Report on the bubonic plague in Bombay, 1896-1897
Year: 1896
Disease focus: Plague
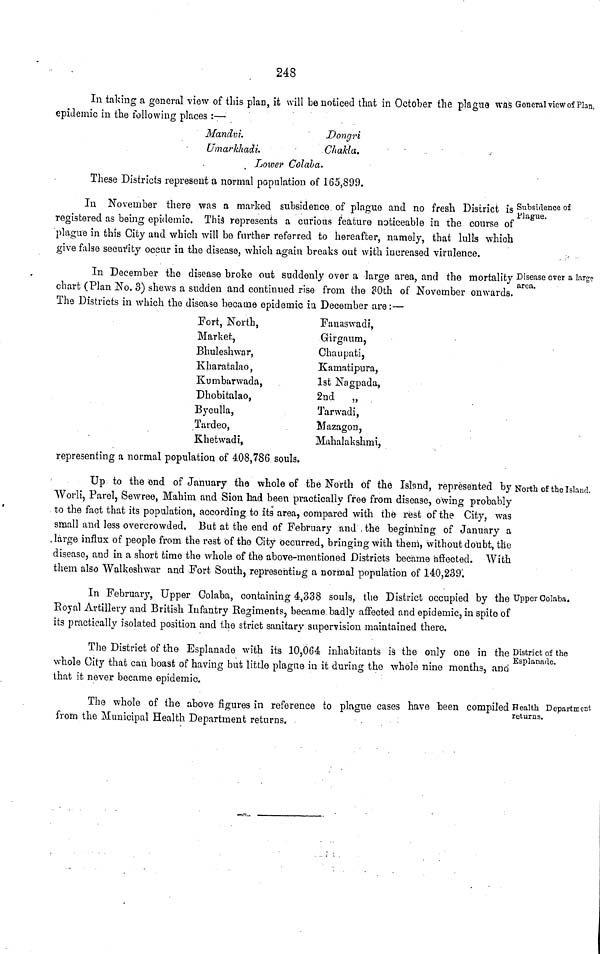
248
was General view of Plan.
In talcing a general view of this plan, it will be noticed that in October the plague
epidemic in the following places :—
Mandvi.
Dongri
Umarkhadi.
Chakla.
Lower Colala.
These Districts represent a normal population of 165,899.
Subsidence of
Plague.
In November there was a marked subsidence of plague and no fresh District is
registered as being epidemic. This represents a curious feature noticeable in the course of
plague in this City and which will be further referred to hereafter, namely, that lulls which
give false security occur in the disease, which again breaks out with increased virulence.
Disease over a large
area.
In December the disease broke out suddenly over a large area, and the mortality
chart (Flan No. 3) shews a sudden and continued rise from the 30th of November onwards.
The Districts in which the disease became epidemic in December are :—
Fort, North,
Market,
Bhuleshwar,
Kharatalao,
Kumbarwada,
Dhobitalao,
Byculla,
Tardeo,
Khetwadi,
Fanaswadi,
Girgaum,
Chaupati,
Kamatipura,
1st Nagpada,
2nd
„
Tarwadi,
Mazagon,
Mahalakshmi,
representing a normal population of 408,786 souls.
North of the Island.
Up to the end of January the whole of the North of the Island, represented by
Worli, Parel, Sewree, Mahim and Sion had been practically free from disease, owing probably
to the fact that its population, according to its area, compared with the rest of the City, was
small and less overcrowded. But at the end of February and . the beginning of January a
large influx of people from the rest of the City occurred, bringing with them, without doubt, the
disease, and in a short time the whole of the above-mentioned Districts became affected. With
them also Walkeshwar and Fort South, representing a normal population of 140,239'.
Upper Colaba.
In February, Upper Colaba, containing 4,338 souls, the District occupied by the
Royal Artillery and British Infantry Regiments, became badly affected and epidemic, in spite of
its practically isolated position and the strict sanitary supervision maintained there.
District of the
Esplanade.
The District of the Esplanade with its 10,064 inhabitants is the only one in the
whole City that can boast of having but little plague in it during the whole nine months, and
that it never became epidemic.
Health Department
returns.
The whole of the above figures in reference to plague cases have been compiled
from the Municipal Health Department returns.